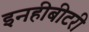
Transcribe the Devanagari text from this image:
इनहीबीटरी